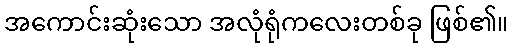
အကောင်းဆုံးသော အလုံရုံကလေးတစ်ခု ဖြစ်၏။